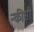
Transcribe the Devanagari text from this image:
न्कीसी